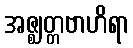
အဇ္ဈတ္တဗာဟိရာ